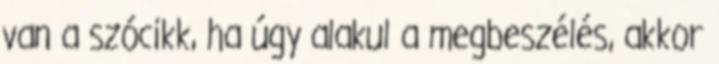
van a szócikk, ha úgy alakul a megbeszélés, akkor